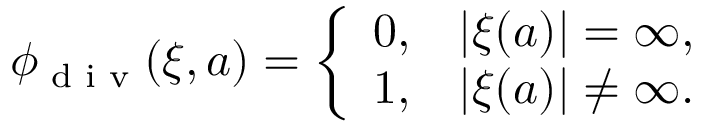
\phi _ { \textrm { d i v } } ( \xi , a ) = \left\{ \begin{array} { l l } { 0 , } & { | \xi ( a ) | = \infty , } \\ { 1 , } & { | \xi ( a ) | \neq \infty . } \end{array} \right.